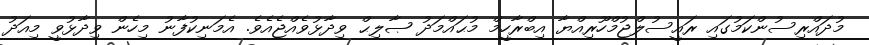
މުދައްރިސުންކަމުގައި ރައީސުލްޖުމްހޫރިއްޔާ އިބްރާހީމް މުޙައްމަދު ޞާލިޙް ވިދާޅުވެއްޖެއެވެ. އެމަނިކުފާނު މިހެން ވިދާޅުވީ މިއަދު